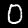
Label: 0